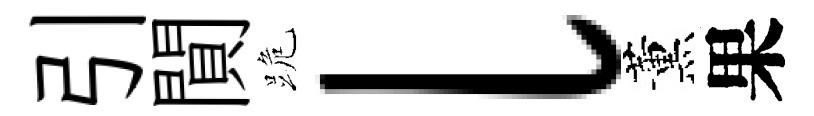
引閴跪l薰果